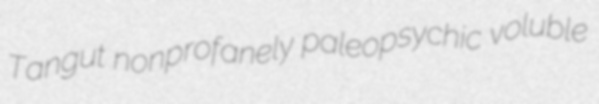
Tangut nonprofanely paleopsychic voluble